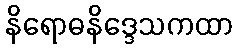
နိရောဓနိဒ္ဒေသကထာ